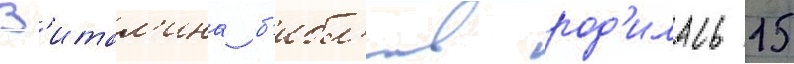
В'итал'ина б'ибл'ив род'илась 15